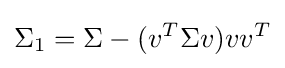
\Sigma _{1}=\Sigma -(v^{T}\Sigma v)vv^{T}